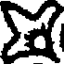
X